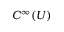
C ^ { \infty } ( U )